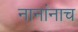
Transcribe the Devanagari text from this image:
नानांनाच